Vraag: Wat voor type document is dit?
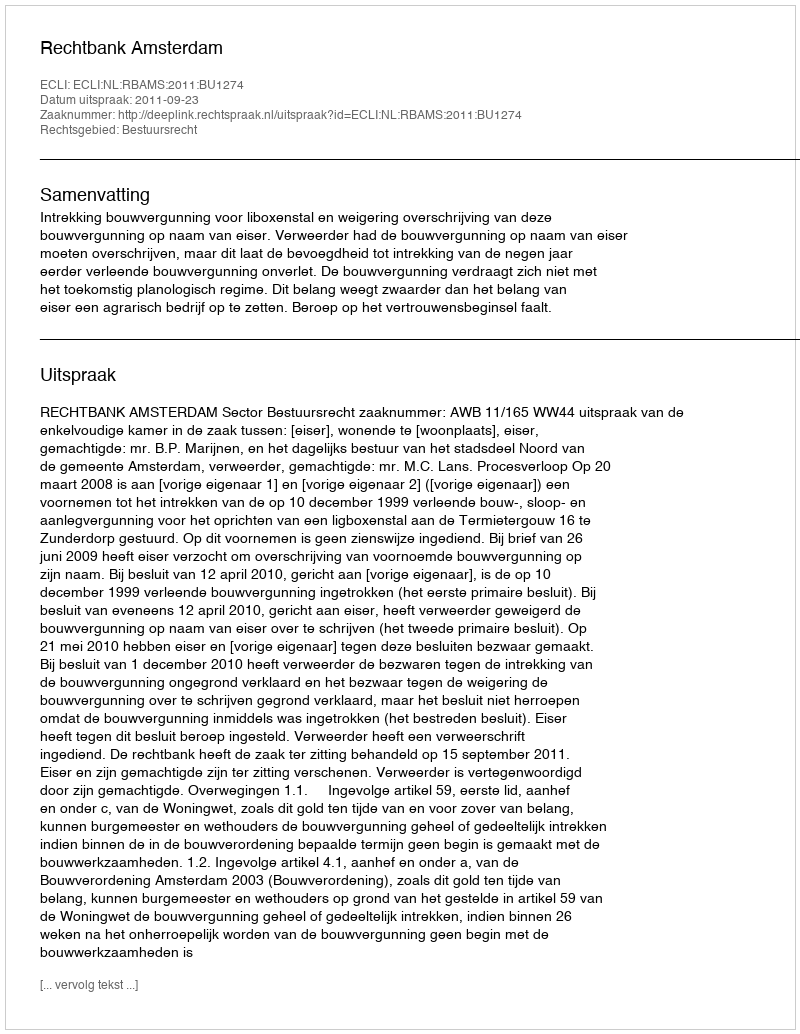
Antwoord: Uitspraak